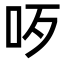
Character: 𠯪